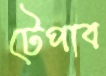
টেপাব